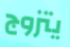
يتزوج